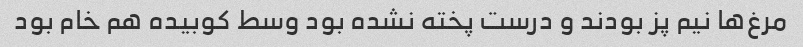
مرغ‌ها نیم پز بودند و درست پخته نشده بود وسط کوبیده هم خام بود